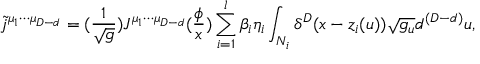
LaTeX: \tilde { j } ^ { \mu _ { 1 } \cdots \mu _ { D - d } } = ( \frac 1 { \sqrt { g } } ) J ^ { \mu _ { 1 } \cdots \mu _ { D - d } } ( \frac \phi x ) \sum _ { i = 1 } ^ { l } \beta _ { i } \eta _ { i } \int _ { N _ { i } } \delta ^ { D } ( x - z _ { i } ( u ) ) \sqrt { g _ { u } } d ^ { ( D - d ) } u ,